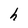
Character: h